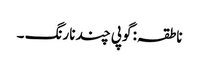
ناطقہ: گوپی چند نارنگ ۔